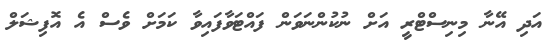
އަދި އޭނާ މިނިސްޓްރީ އަށް ނުކުންނަވަން ފައްޓަވާފައިވާ ކަމަށް ވެސް އެ އޮފިޝަލް